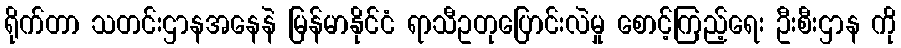
ရိုက်တာ သတင်းဌာနအနေနဲ မြန်မာနိုင်ငံ ရာသီဥတုပြောင်းလဲမှု စောင့်ကြည့်ရေး ဦးစီးဌာန ကို